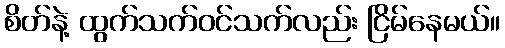
စိတ်နဲ့ ထွက်သက်ဝင်သက်လည်း ငြိမ်နေမယ်။